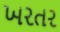
ખરતર